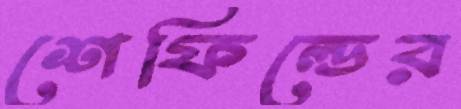
শেফিল্ডের